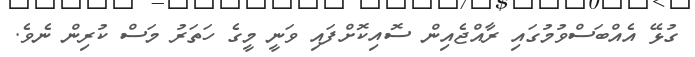
ގުޅޭ އެއްބަސްވުމުގައި ރާއްޖެއިން ސޮއިކޮށްފައި ވަނީ މީގެ ހަތަރު މަސް ކުރިން ނެވެ.